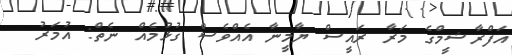
އަފްރާޝީމްގެ މަރާ ރައީސް ޔާމީނާ އެއްވެސް ގުޅުމެއް ނެތް: އުމަރު